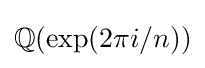
\mathbb {Q} (\exp(2\pi i/n))